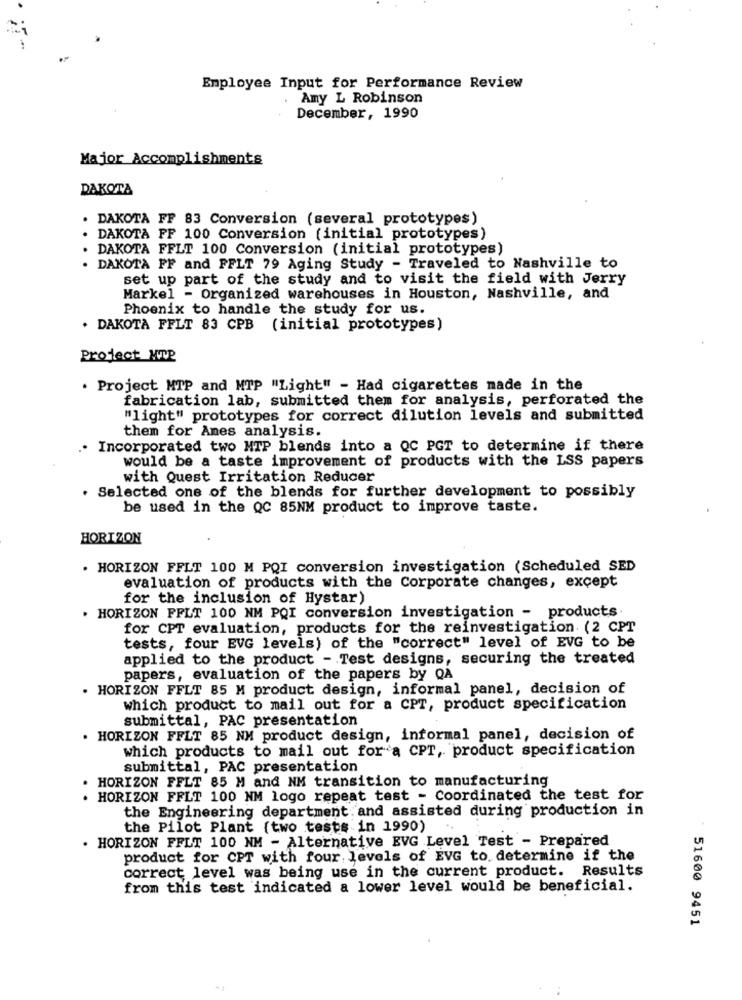
Employee Input for Performance Review
Amy L Robinson
December, 1990
Major Accomplishments
DAKOTA
DAKOTA FF 83 Conversion (several prototypes)
DAKOTA FF 100 Conversion (initial prototypes)
DAKOTA FFLT 100 Conversion (initial prototypes)
. DAKOTA FF and FFLT 79 Aging Study - Traveled to Nashville to
set up part of the study and to visit the field with Jerry
Markel - Organized warehouses in Houston, Nashville, and
Phoenix to handle the study for us.
. DAKOTA FFLT 83 CPB (initial prototypes)
Project MTP
. Project MTP and MTP "Light" - Had cigarettes made in the
fabrication lab, submitted them for analysis, perforated the
"light" prototypes for correct dilution levels and submitted
them for Ames analysis.
Incorporated two MTP blends into a QC PGT to determine if there
would be a taste improvement of products with the LSS papers
with Quest Irritation Reducer
. Selected one of the blends for further development to possibly
be used in the QC 85NM product to improve taste.
HORIZON
. HORIZON FFLT 100 M PQI conversion investigation (Scheduled SED
evaluation of products with the Corporate changes, except
for the inclusion of Hystar)
. HORIZON FFLT 100 NM PQI conversion investigation - products.
for CPT evaluation, products for the reinvestigation (2 CPT
tests, four EVG levels) of the "correct" level of EVG to be
applied to the product - Test designs, securing the treated
papers, evaluation of the papers by QA
. HORIZON FFLT 85 M product design, informal panel, decision of
which product to mail out for a CPT, product specification
submittal, PAC presentation
. HORIZON FFLT 85 NM product design, informal panel, decision of
which products to mail out for a CPT, product specification
submittal, PAC presentation
HORIZON FFLT 85 M and NM transition to manufacturing
. HORIZON FFLT 100 NM logo repeat test - Coordinated the test for
the Engineering department and assisted during production in
the Pilot Plant (two tests in 1990)
. HORIZON FFLT 100 NM - Alternative EVG Level Test - Prepared
product for CPT with four, levels of EVG to. determine if the
correct level was being use in the current product. Results
from this test indicated a lower level would be beneficial.
51600 9451